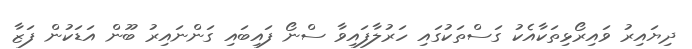
ދިޔައިރު ވައިރޯޅިތަކާއެކު ގަސްތަކުގައި ހަރުލާފައިވާ ސްނޯ ފައިބައި ގަންނައިރު ބޫން އަޑަކުން ފަޒާ